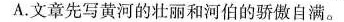
A.文章先写黄河的壮丽和河伯的骄傲自满。